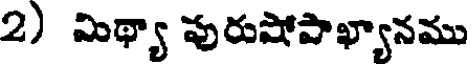
2) మిథ్యా పురుషోపాఖ్యానము